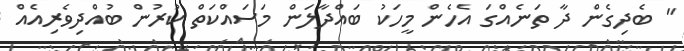
" ބެދިގެން ދާ ތަނެއްގަ އެހެން މީހަކު ބައްދާލަން މަސައްކަތް ކުރުން ބުއްދިވެރިއެއް